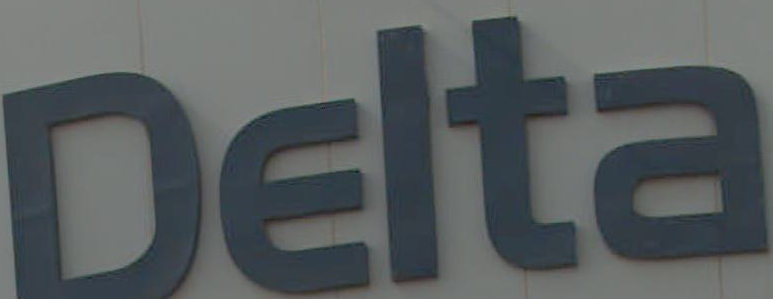
Delta